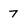
Character: 7